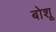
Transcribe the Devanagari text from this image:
बोशू